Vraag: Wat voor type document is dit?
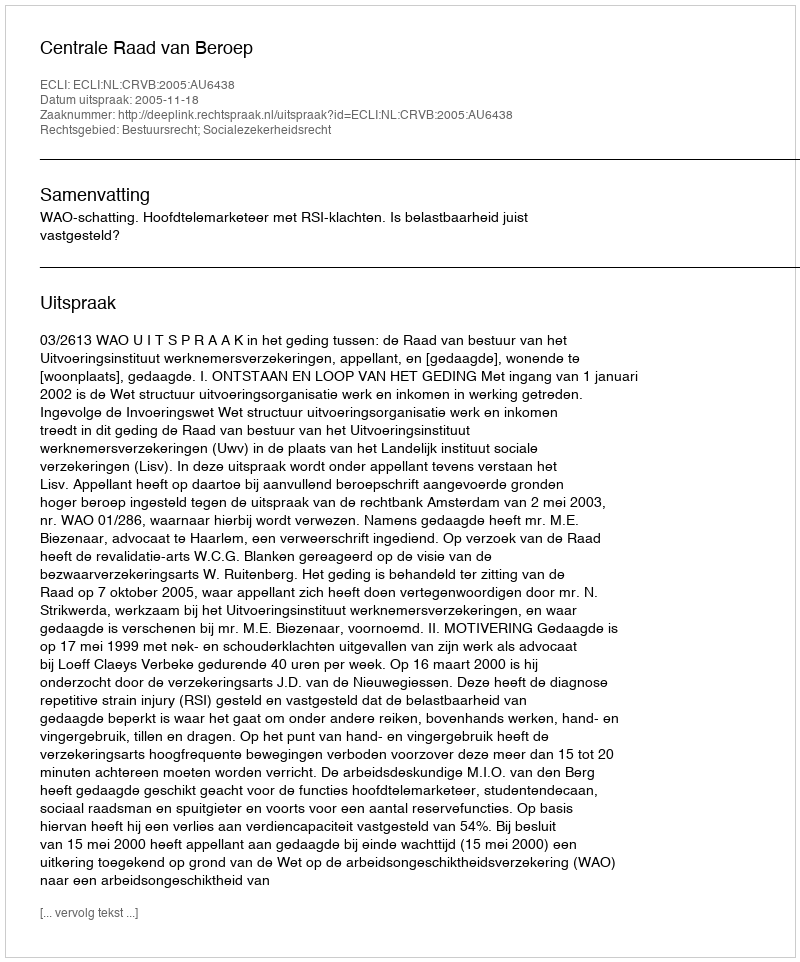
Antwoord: Uitspraak